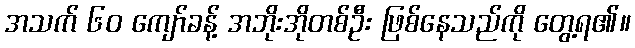
အသက် ၆၀ ကျော်ခန့် အဘိုးအိုတစ်ဦး ဖြစ်နေသည်ကို တွေ့ရ၏။